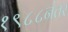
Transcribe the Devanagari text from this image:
१९८८नंतर